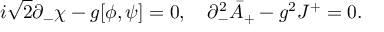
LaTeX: i \sqrt { 2 } \partial _ { - } \chi - g [ \phi , \psi ] = 0 , \quad \partial _ { - } ^ { 2 } \bar { A } _ { + } - g ^ { 2 } J ^ { + } = 0 .